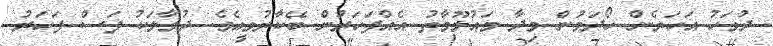
ދުވަހު އަހަރެން ހޯދަމުން މިދާ މައުލޫމާތު އެއްފަހަރުން ބޭކާރުވީއެވެ. ދުވާލަކު ފަސް ފަހަރު